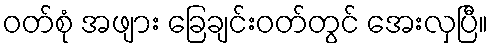
ဝတ်စုံ အဖျား ခြေချင်းဝတ်တွင် အေးလှပြီ။